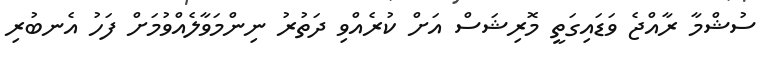
ސުޝްމާ ރާއްޖެ ވަޑައިގަތީ މޮރިޝަސް އަށް ކުރެއްވި ދަތުރު ނިންމަވާލެއްވުމަށް ފަހު އެނބުރި